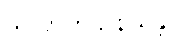
သလာကဌာနိယန္တိ